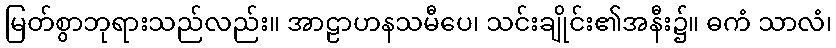
မြတ်စွာဘုရားသည်လည်း။ အာဠာဟနသမီပေ၊ သင်းချိုင်း၏အနီး၌။ ဓကံ သာလံ၊